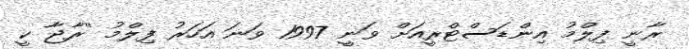
ރާނީ ފިލްމު އިންޑަސްޓްރީއަށް ވަނީ 1997 ވަނަ އަހަރު ފިލްމު ''ރާޖާ ކީ